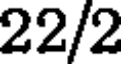
22/2